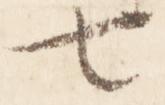
七